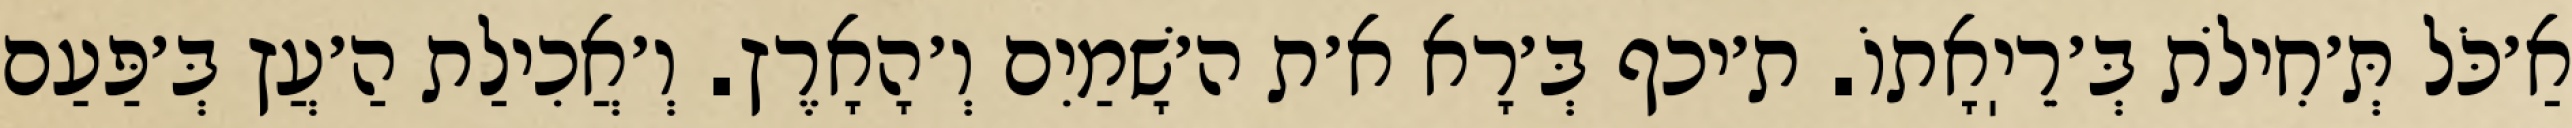
אַ׳כֹּל תְּ׳חִילֹת בְּ׳רֵיֽאָתוֹ. ת׳יכף בְּ׳רָא א׳ת ה׳שָׁמַיִם וְ׳הָאָרֶץ. וְ׳אֲכִילַת הַ׳עֲץ בְּ׳פַּעַם